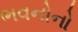
ભવનોનો